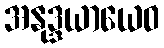
အနုဒ္ဒယာယေဝ